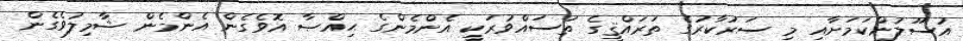
އުސޫލުންކަމަށާއި މި ސަރުކާރުގެ ތަރައްޤީގެ ތަސައްވުރަކީ އެންމެންގެ ޙިއްޞާ އޮވެގެން އެންމެން ޝާމިލުވެގެން